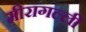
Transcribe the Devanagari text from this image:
मीरागल्ली